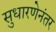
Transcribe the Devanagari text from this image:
सुधारणेनंतर